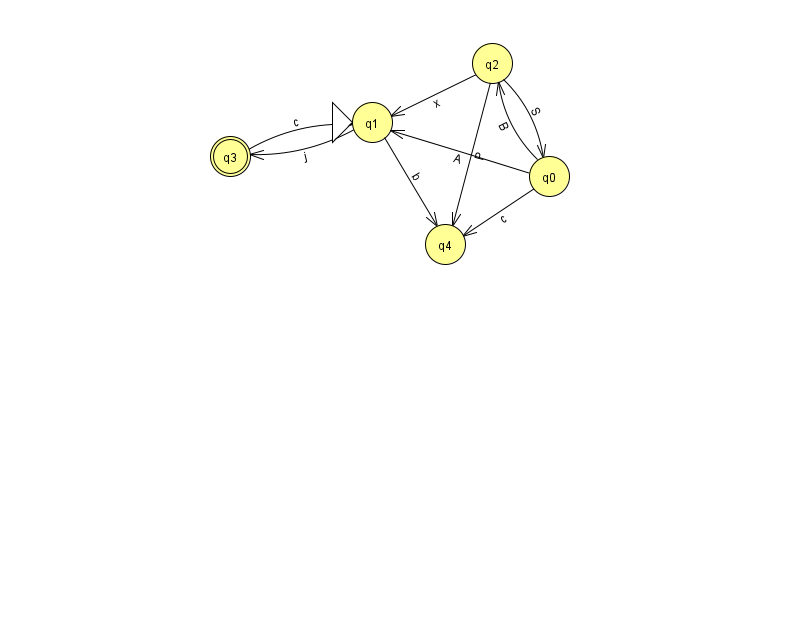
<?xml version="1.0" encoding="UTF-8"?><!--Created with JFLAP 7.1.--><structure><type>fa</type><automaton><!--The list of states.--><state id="0" name="q0"><x>549.0</x><y>163.0</y></state><state id="1" name="q1"><x>372.0</x><y>109.0</y><initial/></state><state id="2" name="q2"><x>492.0</x><y>50.0</y></state><state id="3" name="q3"><x>230.0</x><y>143.0</y><final/></state><state id="4" name="q4"><x>445.0</x><y>231.0</y></state><!--The list of transitions.--><transition><from>1</from><to>4</to><read>b</read></transition><transition><from>2</from><to>4</to><read>P</read></transition><transition><from>1</from><to>3</to><read>j</read></transition><transition><from>2</from><to>1</to><read>x</read></transition><transition><from>0</from><to>4</to><read>c</read></transition><transition><from>0</from><to>1</to><read>A</read></transition><transition><from>0</from><to>2</to><read>B</read></transition><transition><from>3</from><to>1</to><read>c</read></transition><transition><from>2</from><to>0</to><read>S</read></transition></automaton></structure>